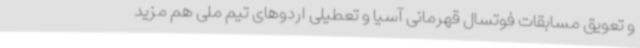
و تعویق مسابقات فوتسال قهرمانی آسیا و تعطیلی اردوهای تیم ملی هم مزید